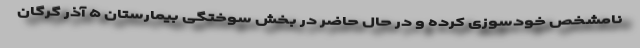
نامشخص خودسوزی کرده و در حال حاضر در بخش سوختگی بیمارستان ۵ آذر گرگان